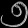
Digit: ၅